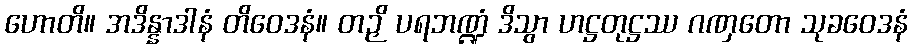
ဟောတိ။ အဒိန္နာဒါနံ တိဝေဒနံ။ တဉှိ ပရဘဏ္ဍံ ဒိသွာ ဟဋ္ဌတုဋ္ဌဿ ဂဏှတော သုခဝေဒနံ